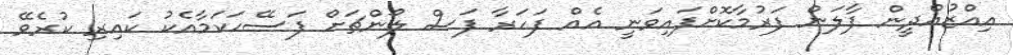
އިއްޒުއްދީން ފާލަން ފަރުމާކޮށްފައިވަނީ އެއް ފަހަރާ ފަސް ލޯންޗަށް ފަސޭހަކަމާއެކު ކައިރި ކުރެވޭ